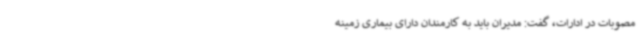
مصوبات در ادارات، گفت: مدیران باید به کارمندان دارای بیماری زمینه